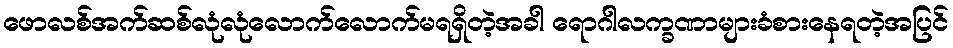
ဖောလစ်အက်ဆစ်လုံလုံလောက်လောက်မရရှိတဲ့အခါ ရောဂါလက္ခဏာများခံစားနေရတဲ့အပြင်